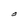
Character: O